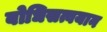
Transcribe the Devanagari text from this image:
बोधिसत्वयान